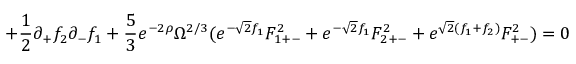
+ \frac { 1 } { 2 } \partial _ { + } f _ { 2 } \partial _ { - } f _ { 1 } + \frac { 5 } { 3 } e ^ { - 2 \rho } \Omega ^ { 2 / 3 } ( e ^ { - \sqrt { 2 } f _ { 1 } } F _ { 1 + - } ^ { 2 } + e ^ { - \sqrt { 2 } f _ { 1 } } F _ { 2 + - } ^ { 2 } + e ^ { \sqrt { 2 } ( f _ { 1 } + f _ { 2 } ) } F _ { + - } ^ { 2 } ) = 0